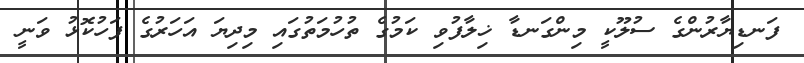
ފަނޑިޔާރުންގެ ސުލޫކީ މިންގަނޑާ ޚިލާފުވި ކަމުގެ ތުހުމަތުގައި މިދިޔަ އަހަރުގެ ފަހުކޮޅު ވަނީ